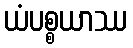
ယံပစ္စယာဿ